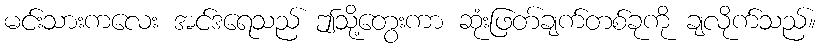
မင်းသားကလေး အင်ဒရေသည် ဤသို့တွေးကာ ဆုံးဖြတ်ချက်တစ်ခုကို ချလိုက်သည်။